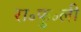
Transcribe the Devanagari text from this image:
रा॰फु॰ली